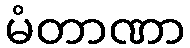
မံတာဏာ